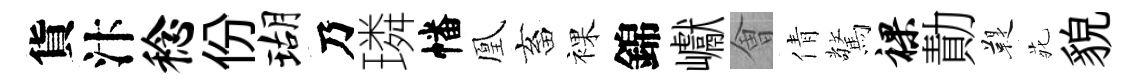
貨汴稔份瑚乃璘幡凰畜裸錦巘㑹倩驚裸勣鞮𫟍貌